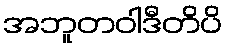
အဘူတဝါဒီတိပိ